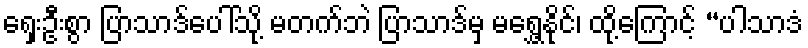
ရှေးဦးစွာ ပြာသာဒ်ပေါ်သို့ မတက်ဘဲ ပြာသာဒ်မှ မရွှေ့နိုင်၊ ထို့ကြောင့် “ပါသာဒံ